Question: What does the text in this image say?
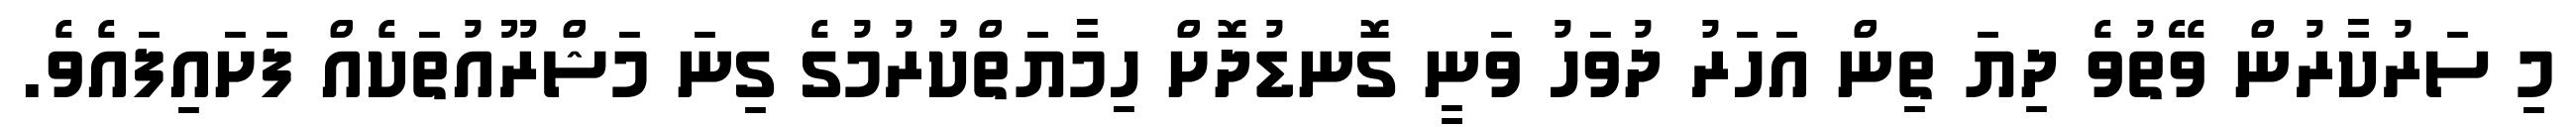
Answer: މި ސަރުކާރުން ވޭތުވެ ދިޔަ ތިން އަހަރު ދުވަހު ވަނީ ގޮނޑުދޮށް ހިމާޔަތްކުރުމުގެ ގިނަ މަޝްރޫއުތަކެއް ފަށައިފައެވެ.